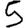
Digit: 5